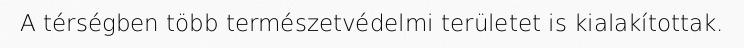
A térségben több természetvédelmi területet is kialakítottak.